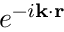
e ^ { - i \mathbf { k } \cdot \mathbf { r } }